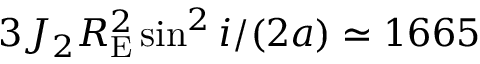
3 J _ { 2 } R _ { \mathrm { E } } ^ { 2 } \sin ^ { 2 } i / ( 2 a ) \simeq 1 6 6 5